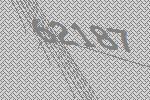
62187